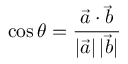
\cos \theta = { \frac { { \vec { a } } \cdot { \vec { b } } } { \left| { \vec { a } } \right| | { \vec { b } } | } }